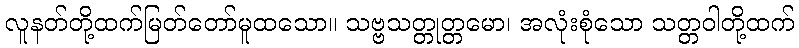
လူနတ်တို့ထက်မြတ်တော်မူထသော။ သဗ္ဗသတ္တုတ္တမော၊ အလုံးစုံသော သတ္တဝါတို့ထက်